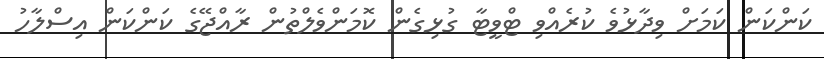
ކަންކަން ކަމަށް ވިދާޅުވެ ކުރެއްވި ޓްވީޓާ ގުޅިގެން ކޮމަންވެލްތުން ރާއްޖޭގެ ކަންކަން އިސްލާހު